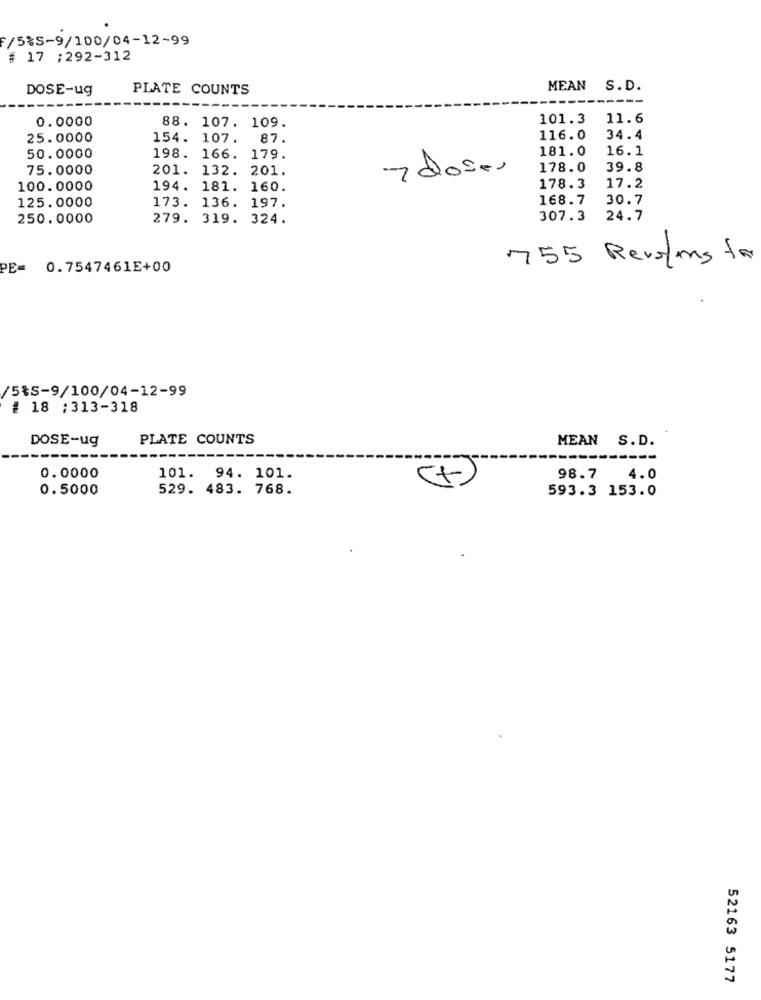
F/5%S-9/100/04-12-99
# 17 :292-312
DOSE-ug
PLATE COUNTS
MEAN S.D.
0.0000
101.3
11.6
88. 107. 109.
25.0000
154. 107.
87.
116.0
34.4
181.0
16.1
50.0000
198. 166. 179.
75.0000
201. 132. 201.
7doses
178.0
39.8
100.0000
194. 181. 160.
178.3
17.2
125.0000
173. 136. 197.
168.7
30.7
250.0000
279. 319. 324.
307.3
24.7
755 Revolons for
PE= 0.7547461E+00
/5%S-9/100/04-12-99
# 18 ; 313-318
DOSE-ug
PLATE COUNTS
MEAN S.D.
---
0.0000
101. 94. 101.
98.7
4.0
0.5000
529. 483. 768.
593.3 153.0
52163 5177